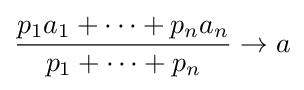
{\frac {p_{1}a_{1}+\cdots +p_{n}a_{n}}{p_{1}+\cdots +p_{n}}}\to a